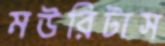
মউরিটাস